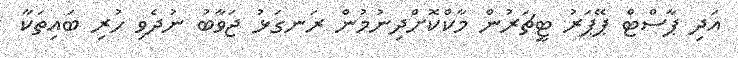
އަދި ޕާސްޓް ޕޭޕަރު ޓީޗަރުން މާކްކޮށްދިނުމުން ރަނގަޅު ޖަވާބު ނުދެވި ހުރި ބައިތަކާ